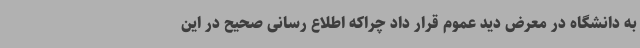
به دانشگاه در معرض دید عموم قرار داد چراکه اطلاع رسانی صحیح در این